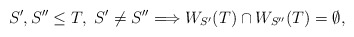
\begin{align*}S',S'' \leq T,\ S'\not= S'' \Longrightarrow W_{S'}(T) \cap W_{S''}(T)=\emptyset,\end{align*}